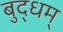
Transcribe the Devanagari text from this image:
बुद्धम्